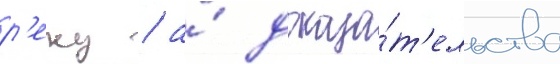
р'еку / а́ доказа́т'ельства